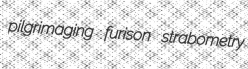
pilgrimaging furison strabometry